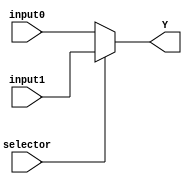
`timescale 1ns / 1ps
//////////////////////////////////////////////////////////////////////////////////
// Company: 
// Engineer: 
// 
// Design Name: 
// Module Name: multiplexer32bit2x1
// Project Name: 
// Target Devices: 
// Tool Versions: 
// Description: 
// 
// Dependencies: 
// 
// Revision:
// Revision 0.01 - File Created
// Additional Comments:
// 
//////////////////////////////////////////////////////////////////////////////////

module multiplexer32bit2x1(input [31:0] input0, input1, input selector, output [31:0] Y);

assign Y = (selector)? input1:input0;

endmodule